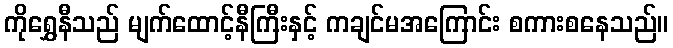
ကိုရွှေနီသည် မျက်ထောင့်နီကြီးနှင့် ကချင်မအကြောင်း စကားစနေသည်။